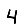
Digit: 4